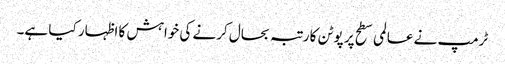
ٹرمپ نے عالمی سطح پر پوٹن کا رتبہ بحال کرنے کی خواہش کا اظہار کیا ہے۔